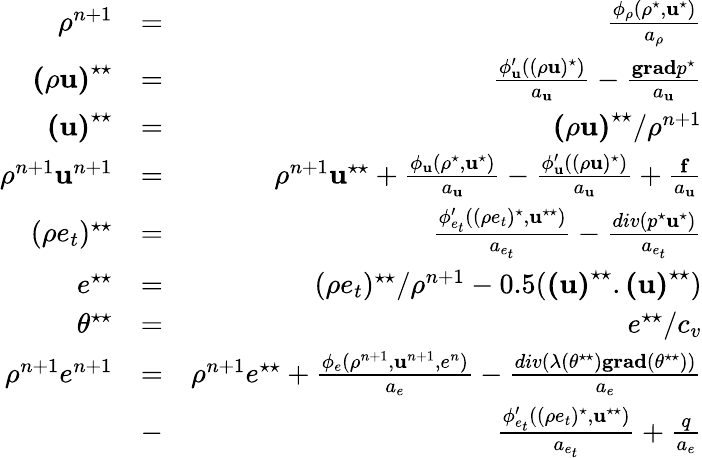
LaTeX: \begin{array}{rlr}{\rho^{n+1}}&{=}&{\frac{\phi_{\rho}(\rho^{\star},\mathbf{u}^{\star})}{a_{\rho}}}\\ {\mathbf{(\rho u)}^{\star\star}}&{=}&{\frac{\phi_{\mathbf{u}}^{\prime}((\rho\mathbf{u})^{\star})}{a_{\mathbf{u}}}-\frac{\mathbf{grad}p^{\star}}{a_{\mathbf{u}}}}\\ {\mathbf{(u)}^{\star\star}}&{=}&{\mathbf{(\rho u)}^{\star\star}/\rho^{n+1}}\\ {\rho^{n+1}\mathbf{u}^{n+1}}&{=}&{\rho^{n+1}\mathbf{u}^{\star\star}+\frac{\phi_{\mathbf{u}}(\rho^{\star},\mathbf{u}^{\star})}{a_{\mathbf{u}}}-\frac{\phi_{\mathbf{u}}^{\prime}((\rho\mathbf{u})^{\star})}{a_{\mathbf{u}}}+\frac{\mathbf{f}}{a_{\mathbf{u}}}}\\ {(\rho{e_{t}})^{\star\star}}&{=}&{\frac{\phi_{e_{t}}^{\prime}((\rho{e_{t}})^{\star},\mathbf{u}^{\star\star})}{a_{e_{t}}}-\frac{div(p^{\star}\mathbf{u}^{\star})}{a_{e_{t}}}}\\ {{e}^{\star\star}}&{=}&{(\rho{e_{t}})^{\star\star}/\rho^{n+1}-0.5(\mathbf{(u)}^{\star\star}.\mathbf{(u)}^{\star\star})}\\ {{\theta}^{\star\star}}&{=}&{{e}^{\star\star}/c_{v}}\\ {\rho^{n+1}e^{n+1}}&{=}&{\rho^{n+1}e^{\star\star}+\frac{\phi_{e}(\rho^{n+1},\mathbf{u}^{n+1},e^{n})}{a_{e}}-\frac{div(\lambda(\theta^{\star\star})\mathbf{grad}(\theta^{\star\star}))}{a_{e}}}\\ &{-}&{\frac{\phi_{e_{t}}^{\prime}((\rho{e_{t}})^{\star},\mathbf{u}^{\star\star})}{a_{e_{t}}}+\frac{q}{a_{e}}}\end{array}